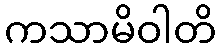
ကသာမိဝါတိ